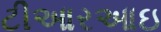
ટીઆરઆઇ